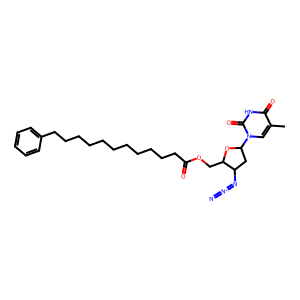
SMILES: Cc1cn(C2CC(N=[N+]=[N-])C(COC(=O)CCCCCCCCCCCc3ccccc3)O2)c(=O)[nH]c1=O
Inhibits HIV replication: Yes